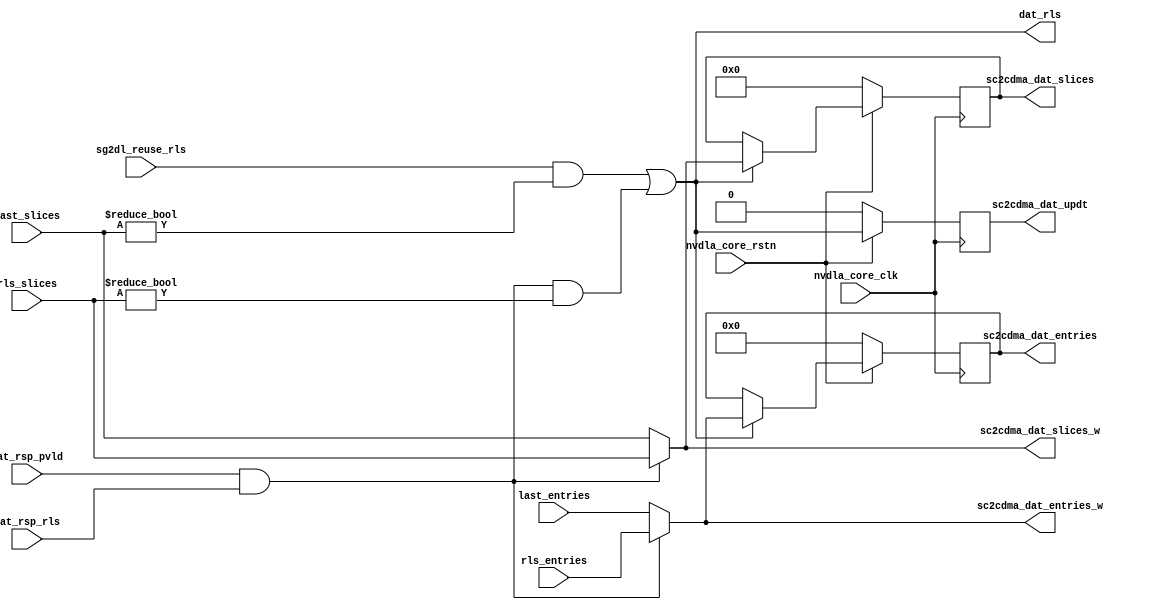
module NV_soDLA_CSC_DL_CBUF_updt_gate( // @[:@3.2]
  input         nvdla_core_clk, // @[:@6.4]
  input         nvdla_core_rstn, // @[:@6.4]
  output        sc2cdma_dat_updt, // @[:@6.4]
  output [13:0] sc2cdma_dat_slices, // @[:@6.4]
  output [14:0] sc2cdma_dat_entries, // @[:@6.4]
  input         sg2dl_reuse_rls, // @[:@6.4]
  input         dat_rsp_pvld, // @[:@6.4]
  input         dat_rsp_rls, // @[:@6.4]
  input  [13:0] last_slices, // @[:@6.4]
  input  [13:0] rls_slices, // @[:@6.4]
  input  [14:0] last_entries, // @[:@6.4]
  input  [14:0] rls_entries, // @[:@6.4]
  output [13:0] sc2cdma_dat_slices_w, // @[:@6.4]
  output [14:0] sc2cdma_dat_entries_w, // @[:@6.4]
  output        dat_rls // @[:@6.4]
);
  wire  _T_36; // @[NV_soDLA_CSC_DL_cbuf_gate.scala 161:38:@8.4]
  wire  sub_rls; // @[NV_soDLA_CSC_DL_cbuf_gate.scala 165:32:@9.4]
  wire  _T_38; // @[NV_soDLA_CSC_DL_cbuf_gate.scala 168:43:@10.4]
  wire  _T_39; // @[NV_soDLA_CSC_DL_cbuf_gate.scala 168:26:@11.4]
  wire  _T_41; // @[NV_soDLA_CSC_DL_cbuf_gate.scala 168:75:@12.4]
  wire  _T_42; // @[NV_soDLA_CSC_DL_cbuf_gate.scala 168:59:@13.4]
  reg  _T_48; // @[NV_soDLA_CSC_DL_cbuf_gate.scala 172:31:@20.4]
  reg [31:0] _RAND_0;
  reg [13:0] _T_51; // @[Reg.scala 19:20:@23.4]
  reg [31:0] _RAND_1;
  wire [13:0] _GEN_0; // @[Reg.scala 20:19:@24.4]
  reg [14:0] _T_54; // @[Reg.scala 19:20:@28.4]
  reg [31:0] _RAND_2;
  wire [14:0] _GEN_1; // @[Reg.scala 20:19:@29.4]
  assign _T_36 = nvdla_core_rstn == 1'h0; // @[NV_soDLA_CSC_DL_cbuf_gate.scala 161:38:@8.4]
  assign sub_rls = dat_rsp_pvld & dat_rsp_rls; // @[NV_soDLA_CSC_DL_cbuf_gate.scala 165:32:@9.4]
  assign _T_38 = last_slices != 14'h0; // @[NV_soDLA_CSC_DL_cbuf_gate.scala 168:43:@10.4]
  assign _T_39 = sg2dl_reuse_rls & _T_38; // @[NV_soDLA_CSC_DL_cbuf_gate.scala 168:26:@11.4]
  assign _T_41 = rls_slices != 14'h0; // @[NV_soDLA_CSC_DL_cbuf_gate.scala 168:75:@12.4]
  assign _T_42 = sub_rls & _T_41; // @[NV_soDLA_CSC_DL_cbuf_gate.scala 168:59:@13.4]
  assign _GEN_0 = dat_rls ? sc2cdma_dat_slices_w : _T_51; // @[Reg.scala 20:19:@24.4]
  assign _GEN_1 = dat_rls ? sc2cdma_dat_entries_w : _T_54; // @[Reg.scala 20:19:@29.4]
  assign sc2cdma_dat_updt = _T_48; // @[NV_soDLA_CSC_DL_cbuf_gate.scala 172:21:@22.4]
  assign sc2cdma_dat_slices = _T_51; // @[NV_soDLA_CSC_DL_cbuf_gate.scala 173:23:@27.4]
  assign sc2cdma_dat_entries = _T_54; // @[NV_soDLA_CSC_DL_cbuf_gate.scala 174:24:@32.4]
  assign sc2cdma_dat_slices_w = sub_rls ? rls_slices : last_slices; // @[NV_soDLA_CSC_DL_cbuf_gate.scala 169:25:@17.4]
  assign sc2cdma_dat_entries_w = sub_rls ? rls_entries : last_entries; // @[NV_soDLA_CSC_DL_cbuf_gate.scala 170:26:@19.4]
  assign dat_rls = _T_39 | _T_42; // @[NV_soDLA_CSC_DL_cbuf_gate.scala 168:12:@15.4]
`ifdef RANDOMIZE_GARBAGE_ASSIGN
`define RANDOMIZE
`endif
`ifdef RANDOMIZE_INVALID_ASSIGN
`define RANDOMIZE
`endif
`ifdef RANDOMIZE_REG_INIT
`define RANDOMIZE
`endif
`ifdef RANDOMIZE_MEM_INIT
`define RANDOMIZE
`endif
`ifndef RANDOM
`define RANDOM $random
`endif
`ifdef RANDOMIZE
  integer initvar;
  initial begin
    `ifdef INIT_RANDOM
      `INIT_RANDOM
    `endif
    `ifndef VERILATOR
      #0.002 begin end
    `endif
  `ifdef RANDOMIZE_REG_INIT
  _RAND_0 = {1{`RANDOM}};
  _T_48 = _RAND_0[0:0];
  `endif // RANDOMIZE_REG_INIT
  `ifdef RANDOMIZE_REG_INIT
  _RAND_1 = {1{`RANDOM}};
  _T_51 = _RAND_1[13:0];
  `endif // RANDOMIZE_REG_INIT
  `ifdef RANDOMIZE_REG_INIT
  _RAND_2 = {1{`RANDOM}};
  _T_54 = _RAND_2[14:0];
  `endif // RANDOMIZE_REG_INIT
  end
`endif // RANDOMIZE
  always @(posedge nvdla_core_clk) begin
    if (_T_36) begin
      _T_48 <= 1'h0;
    end else begin
      _T_48 <= dat_rls;
    end
    if (_T_36) begin
      _T_51 <= 14'h0;
    end else begin
      if (dat_rls) begin
        _T_51 <= sc2cdma_dat_slices_w;
      end
    end
    if (_T_36) begin
      _T_54 <= 15'h0;
    end else begin
      if (dat_rls) begin
        _T_54 <= sc2cdma_dat_entries_w;
      end
    end
  end
endmodule